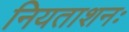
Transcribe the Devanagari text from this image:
नियताशनः